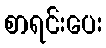
စာရင်းပေး